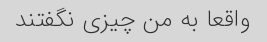
واقعا به من چیزی نگفتند